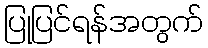
ပြုပြင်ရန်အတွက်